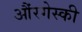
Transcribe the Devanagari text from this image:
औंरगेस्की